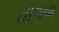
તોળવા